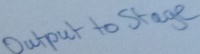
Text: Output to Stage